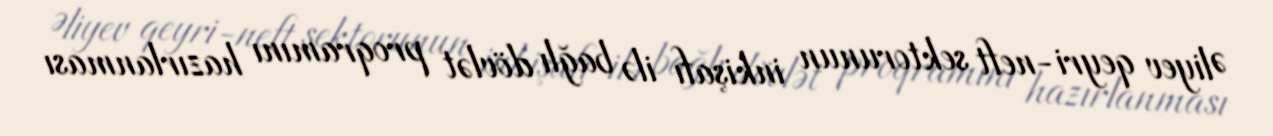
Əliyev qeyri-neft sektorunun inkişafı ilə bağlı dövlət proqramını hazırlanması